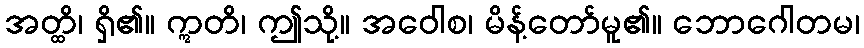
အတ္ထိ၊ ရှိ၏။ ဣတိ၊ ဤသို့။ အဝေါစ၊ မိန့်တော်မူ၏။ ဘောဂေါတမ၊